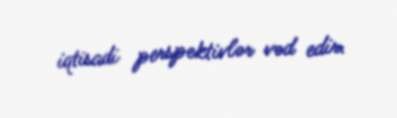
iqtisadi perspektivlər vəd edir.